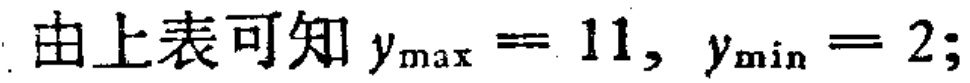
由上表可知 \(y_{\max} = 11, y_{\min} = 2;\)